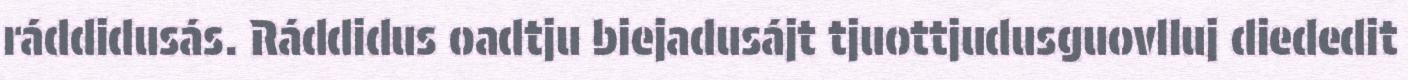
ráddidusás. Ráddidus oadtju biejadusájt tjuottjudusguovlluj diededit